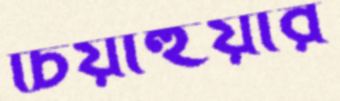
চিয়াহুয়ার